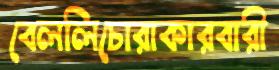
বেললিচোরাকারবারী